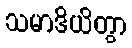
သမာဒိယိတွာ